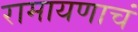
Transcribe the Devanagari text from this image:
रामायणाचं